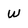
Character: W